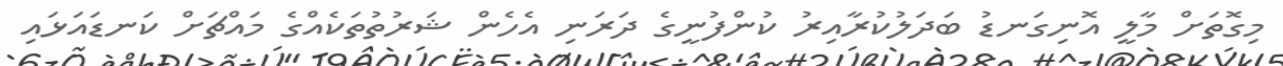
މިގޮތަށް މާލީ އޮނިގަނޑު ބަދަލުކުރާއިރު ކުންފުނީގެ ދަރަނި އެހެން ޝަރުތުތަކެއްގެ މައްޗަށް ކަނޑައަޅައި